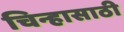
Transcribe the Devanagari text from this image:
चिन्हासाठी